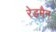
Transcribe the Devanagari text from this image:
रेडमैन